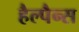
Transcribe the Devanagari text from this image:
हैल्पैन्स